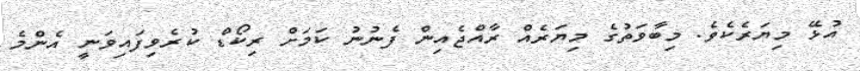
އުޅޭ މިޔަރެކެވެ. މިބާވަތުގެ މިޔަރެއް ރާއްޖެއިން ފެނުނު ކަމަށް ރިކޯޑް ކުރެވިފައިވަނީ އެންމެ